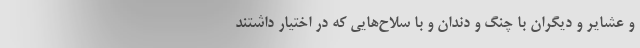
و عشایر و دیگران با چنگ و دندان و با سلاح‌هایی که در اختیار داشتند